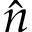
\hat { n }